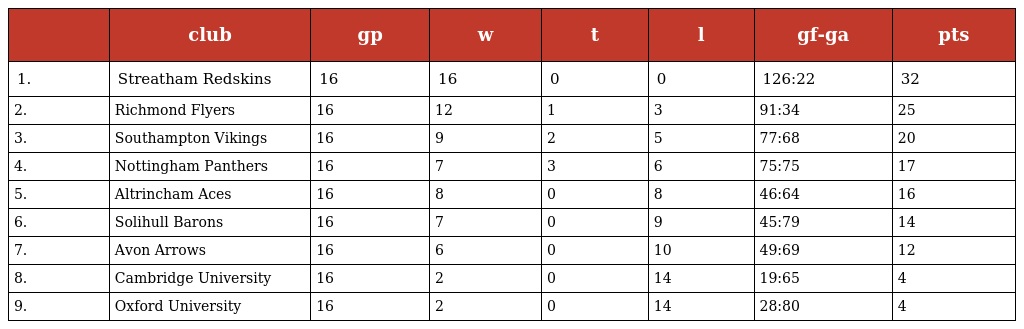
|  | club | gp | w | t | l | gf-ga | pts |
 | --- | --- | --- | --- | --- | --- | --- | --- |
 | 1. | Streatham Redskins | 16 | 16 | 0 | 0 | 126:22 | 32 |
 | 2. | Richmond Flyers | 16 | 12 | 1 | 3 | 91:34 | 25 |
 | 3. | Southampton Vikings | 16 | 9 | 2 | 5 | 77:68 | 20 |
 | 4. | Nottingham Panthers | 16 | 7 | 3 | 6 | 75:75 | 17 |
 | 5. | Altrincham Aces | 16 | 8 | 0 | 8 | 46:64 | 16 |
 | 6. | Solihull Barons | 16 | 7 | 0 | 9 | 45:79 | 14 |
 | 7. | Avon Arrows | 16 | 6 | 0 | 10 | 49:69 | 12 |
 | 8. | Cambridge University | 16 | 2 | 0 | 14 | 19:65 | 4 |
 | 9. | Oxford University | 16 | 2 | 0 | 14 | 28:80 | 4 |